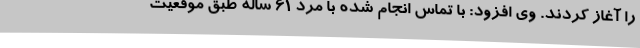
را آغاز کردند. وی افزود: با تماس انجام شده با مرد 61 ساله طبق موقعیت